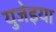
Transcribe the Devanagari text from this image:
युजेइया